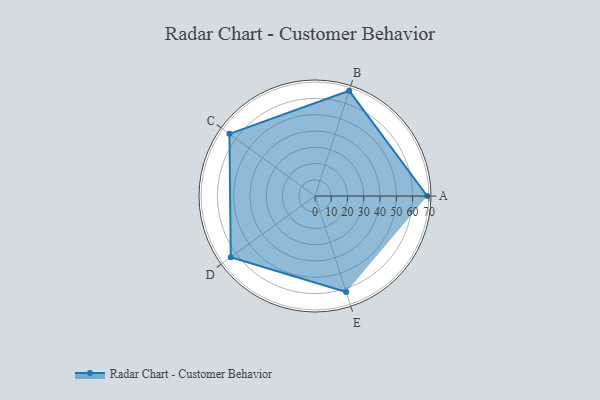
{"axis": {"x": "Skill", "y": "Score"}, "legend": ["Profile"], "data": [{"x": "A", "y": 69.0, "type": "Profile"}, {"x": "B", "y": 68.0, "type": "Profile"}, {"x": "C", "y": 65.0, "type": "Profile"}, {"x": "D", "y": 64.0, "type": "Profile"}, {"x": "E", "y": 62.0, "type": "Profile"}]}